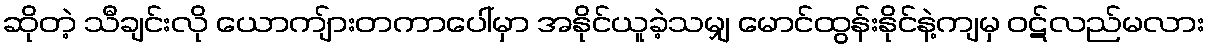
ဆိုတဲ့ သီချင်းလို ယောကျ်ားတကာပေါ်မှာ အနိုင်ယူခဲ့သမျှ မောင်ထွန်းနိုင်နဲ့ကျမှ ဝဋ်လည်မလား